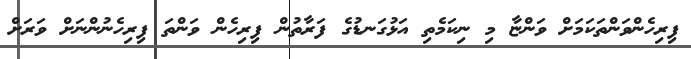
ފިރިހެންވަންތަކަމަށް ވަންޏާ މި ނިކަމެތި އަޅުގަނޑުގެ ފަރާތުން ފިރިހެން ވަންތަ ފިރިހެނުންނަށް ވަރަށް